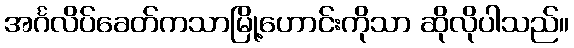
အင်္ဂလိပ်ခေတ်ကသာမြို့ဟောင်းကိုသာ ဆိုလိုပါသည်။